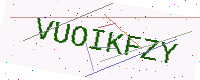
Text: VUOIKFZY